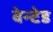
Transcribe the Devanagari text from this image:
वेन्टेड